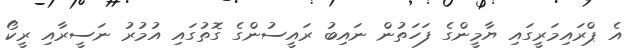
އެ ޕްރައިމަރީގައި ޔާމީންގެ ފަހަތުން ނައިބު ރައީސުންގެ ގޮތުގައި އުމުރު ނަސީރާއި ރީކޯ